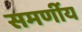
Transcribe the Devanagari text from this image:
समर्णीय